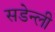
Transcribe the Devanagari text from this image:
सडेन्ली